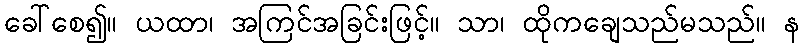
ခေါ်စေ၍။ ယထာ၊ အကြင်အခြင်းဖြင့်။ သာ၊ ထိုကချေသည်မသည်။ န